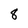
Character: 8